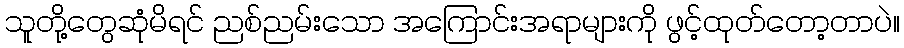
သူတို့တွေဆုံမိရင် ညစ်ညမ်းသော အကြောင်းအရာများကို ဖွင့်ထုတ်တော့တာပဲ။